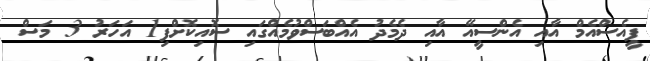
ޕީއެސްއެމް އާއި އެންސީއޭ އާއި ދެމެދު އެއްބަސްވުމެއްގައި ސޮއިކޮށްފި1 އަހަރު 3 މަސް